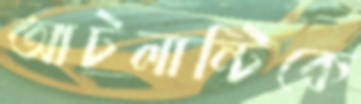
আটলান্টিকে